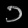
Digit: ၁